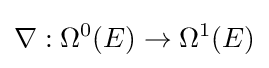
\nabla :\Omega ^{0}(E)\to \Omega ^{1}(E)